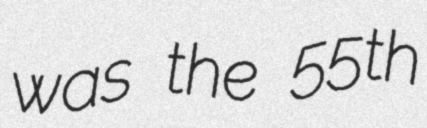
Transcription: was the 55th